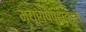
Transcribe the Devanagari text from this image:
म्यूरोपेप्टाइड्स